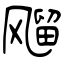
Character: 飗